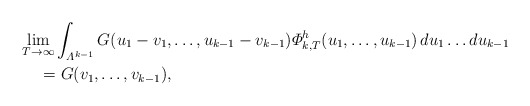
\begin{align*}&\underset{T\rightarrow\infty} {\lim}\int_{{\varLambda}^{k-1}}G(u_{1}-v_{1},\ldots,u_{k-1}-v_{k-1})\varPhi_{k,T}^{h}(u_{1},\ldots,u_{k-1})\,du_{1}\ldots du_{k-1}\\&\quad{}=G(v_{1},\ldots,v_{k-1}), \end{align*}